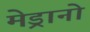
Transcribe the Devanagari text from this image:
मेड्रानो